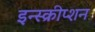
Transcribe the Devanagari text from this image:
इन्स्क्रीप्शन